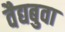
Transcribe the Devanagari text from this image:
वैद्यबुवा